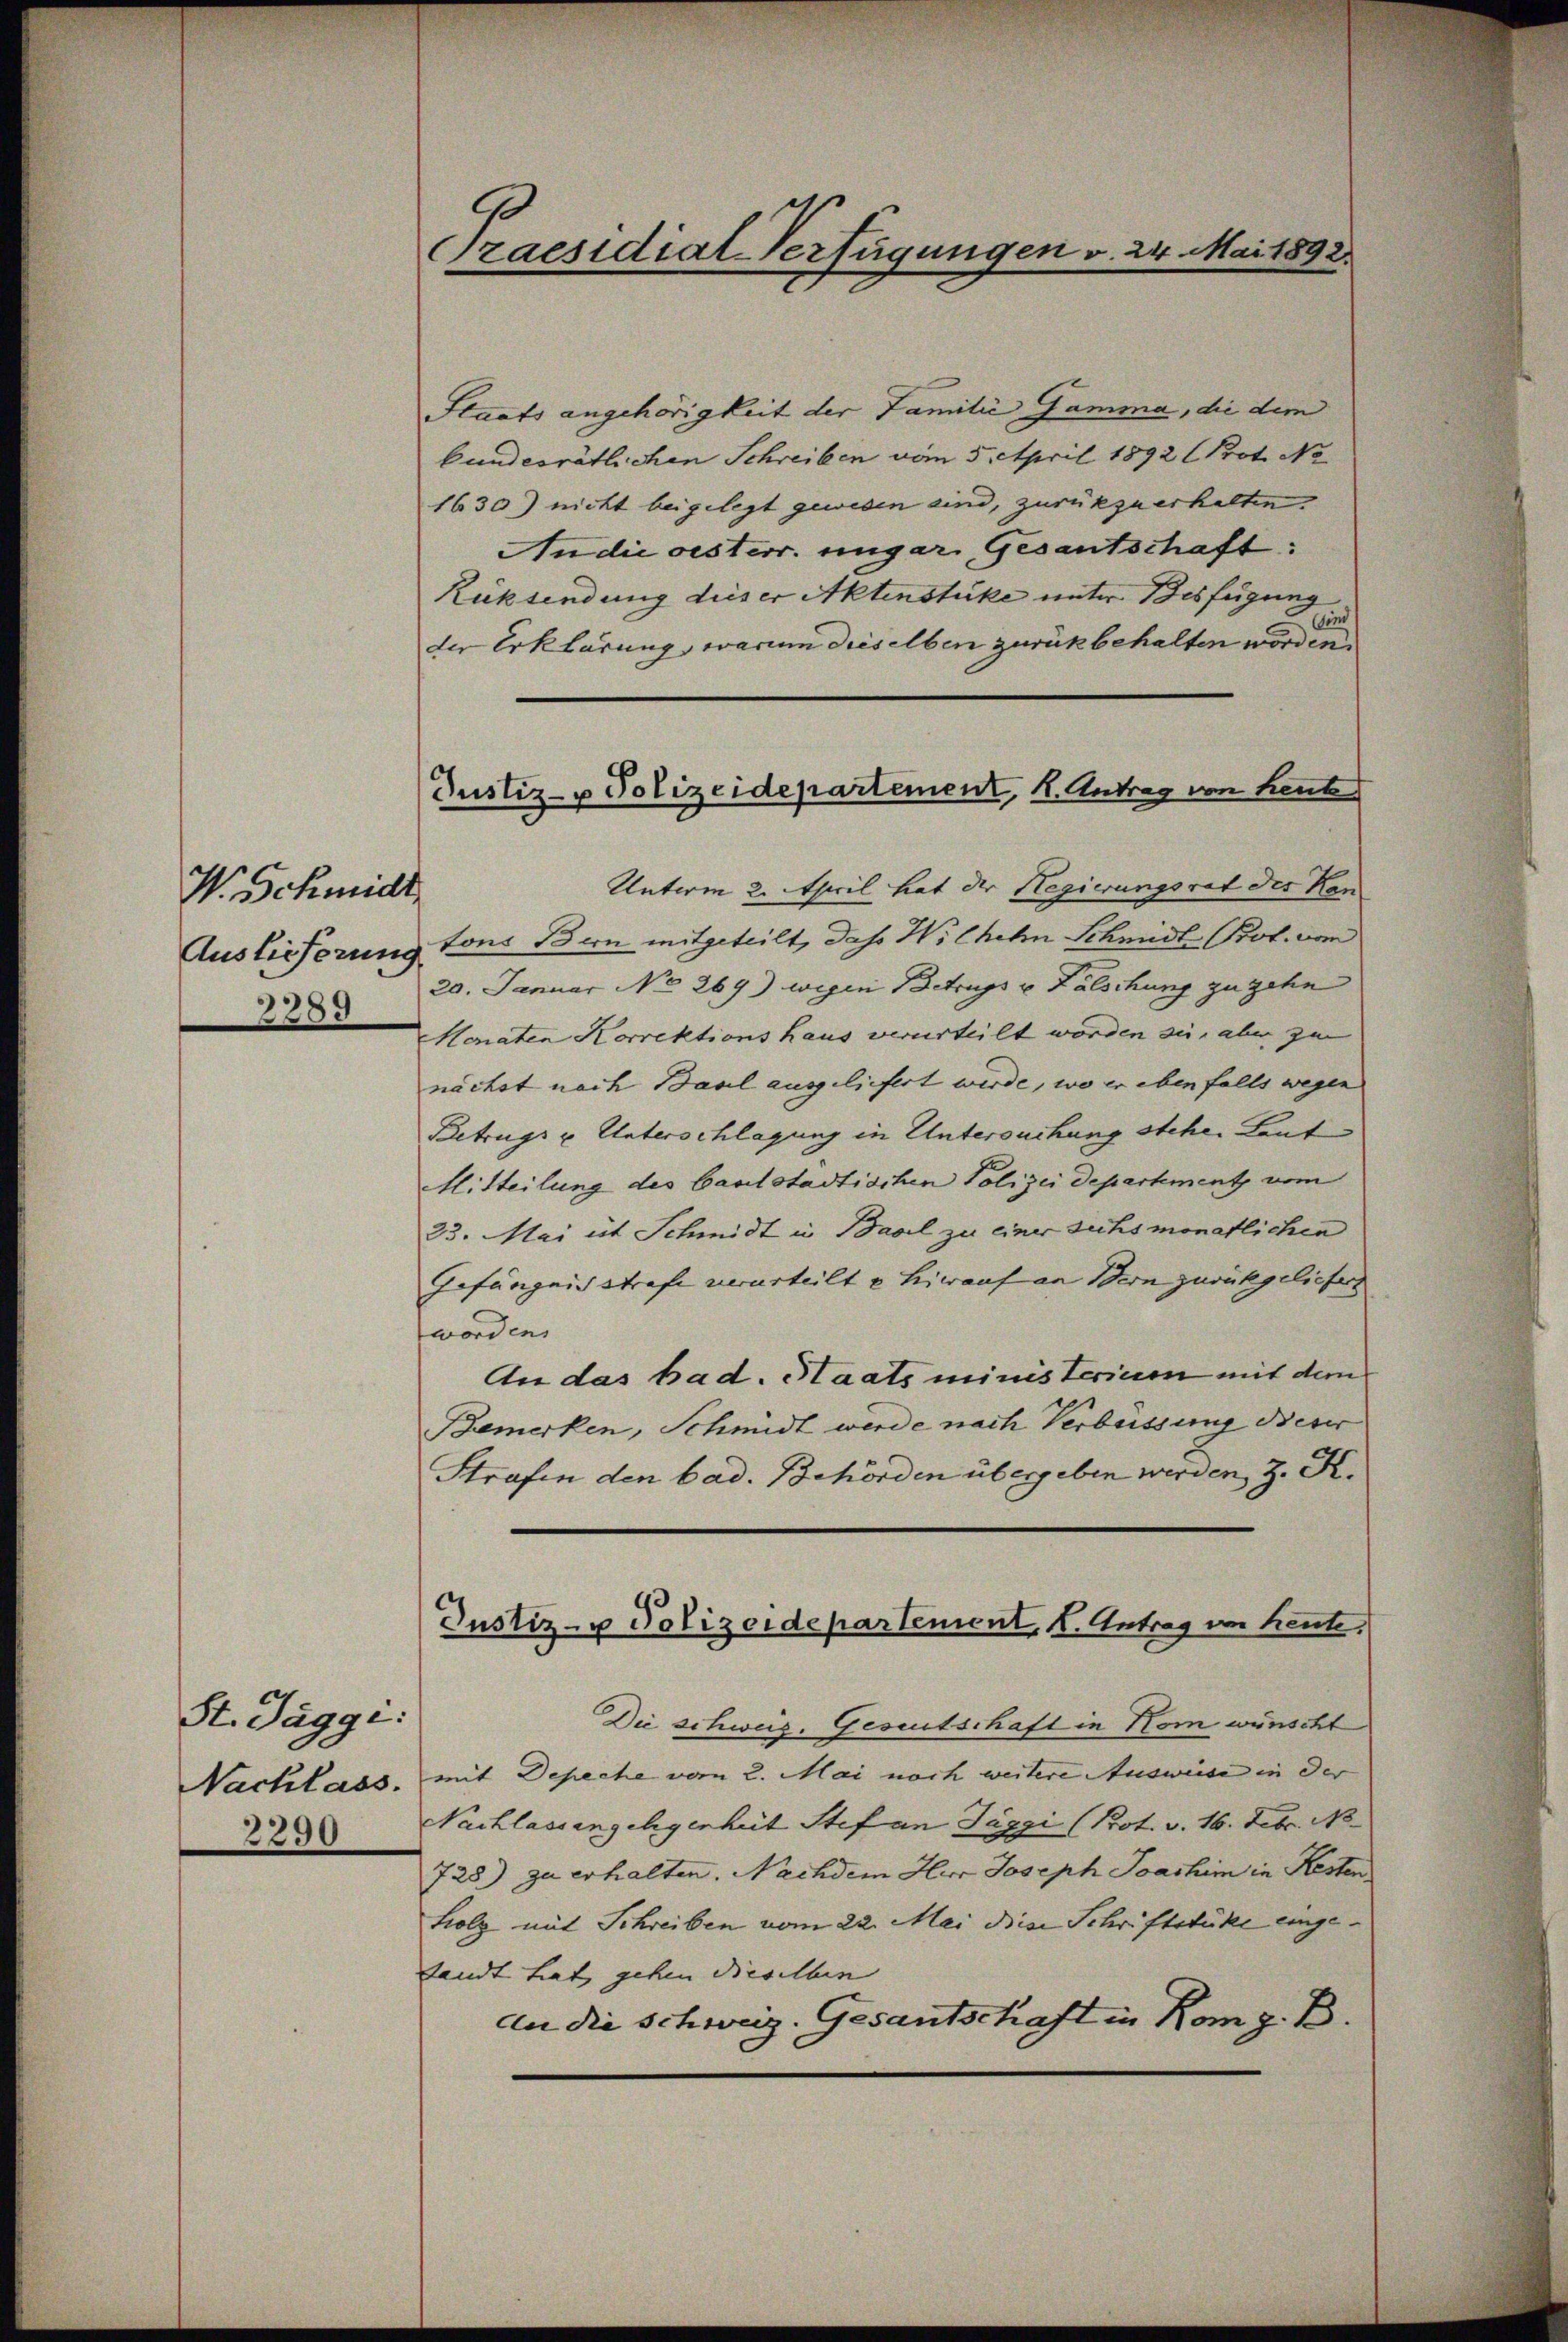
W. Schmidt
2289

St. Jaggi:
2290

Praesidial-Verfügungen v. 24. Mai 1892.

Justiz- & Polizeidepartement, K. Antrag von heut

Staats angehörigkeit der Familie Gamma, die dem
bundesrätlichen Schreiben vom 5. April 1892 (Prot. No
1630) nicht beigelegt gewesen sind, zurükzuerhalten.
An die oesterr. ungar. Gesantschaft:
Rücksendung dieser Aktenstüke unter Beifügung
der Erklärung, warum dieselben zurückbehalten worden
Unterm 2. April hat der Regierungsrat des Kan
Auslieferung tons Bern mitgeteilt, das Wilhelm Schmidl Prot. vom
20. Januar No 269) wegen Betrags u. Falschung zugehen
Monaten Korrektions haus verurteilt worden sie, aber zu
nächst nach Basel ausgeliefert werde, wo er ebenfalls wegen
Betrugs u. Unterschlagung in Untersuchung stehe. Leut
Mitteilung des Carlstadtischen Polizei Departement vom
23. Mai et Schmidt in Basel zu einer suchsmonatlichen
Gefängnisstrafe verurteilt u hierauf an Bern zurückgeliefer
worden.
An das bad. Staats ministerium mit dem
Bemerken, Schmidt werde nach Verbüssung dieser
Strafen den bad. Behörden übergeben werden, z. K.
Die schweis. Geseutschaft in Korn wünscht
Nachlass, mit Depeche vom 2. Mai noch weitere Ausweise in der
Nachlassengelegenheit Stefan Täggi (Prot. v. 16. Febr. No.
728) zu erhalten. Nachdem Herr Joseph Joachim in Resten
holz mit Schreiben vom 22. Mai diese Schriftstüke eingedandt hat, gehen Dieselben |
An die schweiz. Gesantschaft in Komp. B.

Justiz- u Polizeidepartement, I. Antrag von heute,